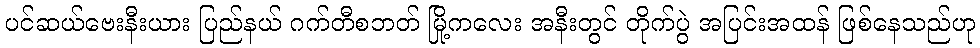
ပင်ဆယ်ဗေးနီးယား ပြည်နယ် ဂက်တီစဘတ် မြို့ကလေး အနီးတွင် တိုက်ပွဲ အပြင်းအထန် ဖြစ်နေသည်ဟု